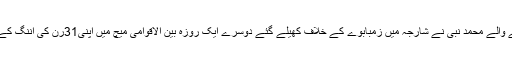
دائیں ہاتھ سے بلے بازی کرنے والے محمد نبی نے شارجہ میں زمبابوے کے خلاف کھیلے گئے دوسرے ایک روزہ بین الاقوامی میچ میں اپنی31رن کی اننگ کے دوران یہ سنگ میل عبور کیا۔